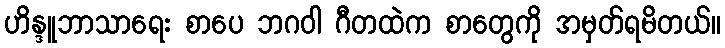
ဟိန္ဒူဘာသာရေး စာပေ ဘဂဝါ ဂီတထဲက စာတွေကို အမှတ်ရမိတယ်။